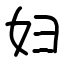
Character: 妇